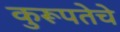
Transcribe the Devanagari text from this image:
कुरूपतेचे